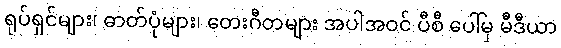
ရုပ်ရှင်များ၊ ဓာတ်ပုံများ၊ တေးဂီတများ အပါအဝင် ပီစီ ပေါ်မှ မီဒီယာ